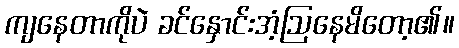
ကျနေတာကိုပဲ ခင်နှောင်းအံ့ဩနေမိတော့၏။